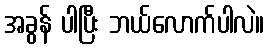
အခွန် ပါပြီး ဘယ်လောက်ပါလဲ။